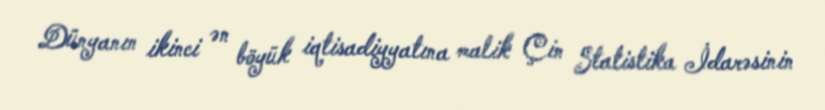
Dünyanın ikinci ən böyük iqtisadiyyatına malik Çin Statistika İdarəsinin